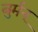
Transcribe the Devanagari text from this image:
बुर्मन्